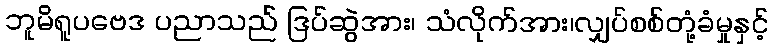
ဘူမိရူပဗေဒ ပညာသည် ဒြပ်ဆွဲအား၊ သံလိုက်အား၊လျှပ်စစ်တုံ့ခံမှုနှင့်